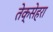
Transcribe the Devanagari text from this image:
तेक्सेहरा